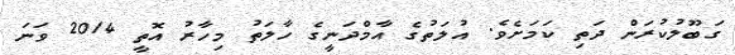
ގަބޫލުކުރަން ދަތި ކަމަށެވެ. އުލަތުގެ އާމްދަނީގެ ހާލަތު މިހާރު އޮތީ 2014 ވަނަ